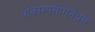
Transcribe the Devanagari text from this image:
प्रोकाम्‍पसोगनेथस